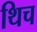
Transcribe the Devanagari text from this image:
थिच